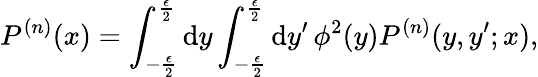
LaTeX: P^{(n)}(x)=\int_{-\frac{\epsilon}{2}}^{\frac{\epsilon}{2}}\mathrm{d}y\int_{-\frac{\epsilon}{2}}^{\frac{\epsilon}{2}}\mathrm{d}y^{\prime}\, \phi^{2}(y)P^{(n)}(y,y^{\prime};x),